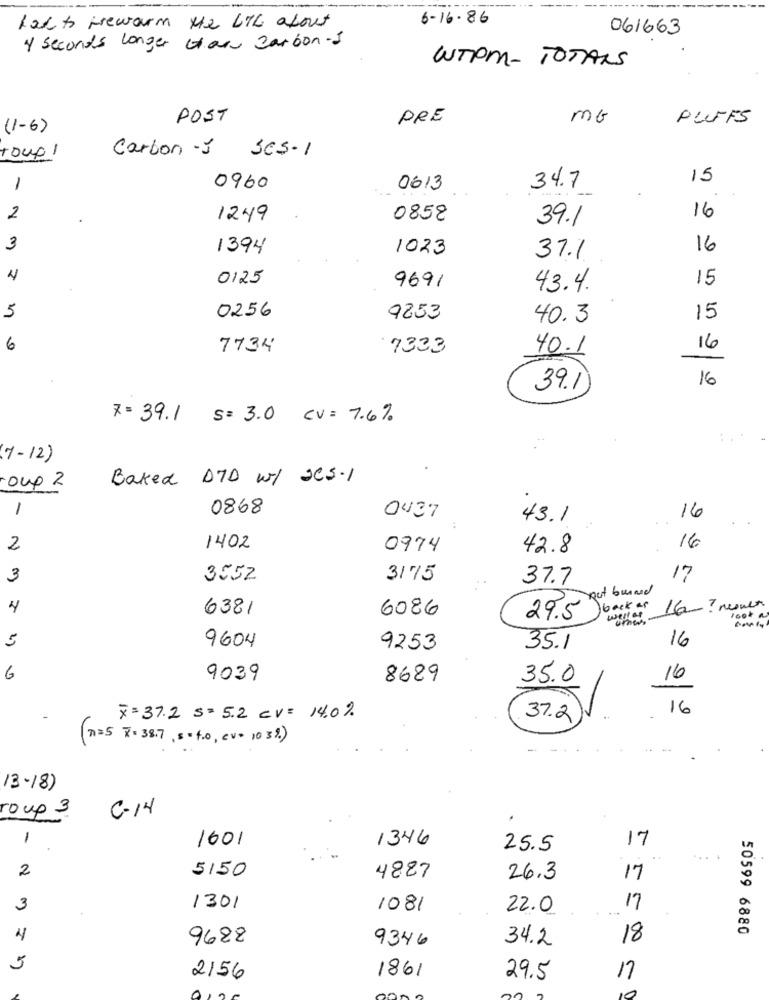
--------
6-16.86
Lakto Frewarm te LTD about
061663
4 seconds longer Har carbon-1
WTPM- TOTALS
POST
PRE
MG
PUFFS
(1-6)
Carbon -J SCS-1
roup!
15
1
0960
0613
34.7
2
1249
0858
39.1
16
3
1394
1023
16
37.1
4
0125
15
9691
43.4.
5
0256
9853
40.3
15
6
7734
7333
40.1
16
16
39.1
7 = 39.1 S= 3.0 CV = 7.6%
(7-12)
Baked DTD w/ 2C3.1
oup 2
1
0868
0437
43.1
16
. .
2
1402
0974
42.8
16
3
3552
3175
37.7
17
yout burned
4
6381
6086
bock as
16- ? never
29.5
well of
5
9604
16
9253
35.1
6
9039
8689
35.0
16
16
x=37.2 s = 5.2 Cv = 14.0%
37.2
(n=5 x= 38.7 , 5+ +10, cv= 103%)
13 - 18)
roup 3
C-14
1
1601
1346
17
25.5
...
2
5150
4887
26.3
17
3
1301
1081
22.0
17
50599 6880
9688
9346
34.2
18
5
1861
17
2156
29.5
10